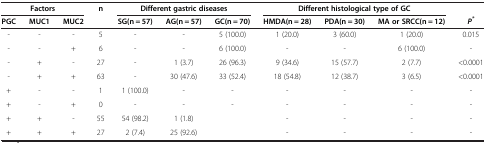
<table><thead><tr><td colspan="3"><b>Factors</b></td><td><b>n</b></td><td colspan="3"><b>Different gastric diseases</b></td><td colspan="3"><b>Different histological type of GC</b></td><td><b> </b></td></tr><tr><td><b>PGC</b></td><td><b>MUC1</b></td><td><b>MUC2</b></td><td><b> </b></td><td><b>SG(n = 57)</b></td><td><b>AG(n = 57)</b></td><td><b>GC(n = 70)</b></td><td><b>HMDA(n = 28)</b></td><td><b>PDA(n = 30)</b></td><td><b>MA or SRCC(n = 12)</b></td><td><b><i>P</i><sup><i>*</i></sup></b></td></tr></thead><tbody><tr><td>-</td><td>-</td><td>-</td><td>5</td><td>-</td><td>-</td><td>5 (100.0)</td><td>1 (20.0)</td><td>3 (60.0)</td><td>1 (20.0)</td><td>0.015</td></tr><tr><td>-</td><td>-</td><td>+</td><td>6</td><td>-</td><td>-</td><td>6 (100.0)</td><td>-</td><td>-</td><td>6 (100.0)</td><td>-</td></tr><tr><td>-</td><td>+</td><td>-</td><td>27</td><td>-</td><td>1 (3.7)</td><td>26 (96.3)</td><td>9 (34.6)</td><td>15 (57.7)</td><td>2 (7.7)</td><td>&lt;0.0001</td></tr><tr><td>-</td><td>+</td><td>+</td><td>63</td><td>-</td><td>30 (47.6)</td><td>33 (52.4)</td><td>18 (54.8)</td><td>12 (38.7)</td><td>3 (6.5)</td><td>&lt;0.0001</td></tr><tr><td>+</td><td>-</td><td>-</td><td>1</td><td>1 (100.0)</td><td>-</td><td>-</td><td>-</td><td>-</td><td>-</td><td>-</td></tr><tr><td>+</td><td>-</td><td>+</td><td>0</td><td>-</td><td>-</td><td>-</td><td>-</td><td>-</td><td>-</td><td>-</td></tr><tr><td>+</td><td>+</td><td>-</td><td>55</td><td>54 (98.2)</td><td>1 (1.8)</td><td> </td><td>-</td><td>-</td><td>-</td><td>-</td></tr><tr><td>+</td><td>+</td><td>+</td><td>27</td><td>2 (7.4)</td><td>25 (92.6)</td><td> </td><td>-</td><td>-</td><td>-</td><td>-</td></tr></tbody></table>